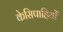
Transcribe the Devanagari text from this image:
केसिपाहियों